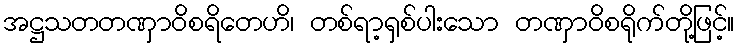
အဋ္ဌသတတဏှာဝိစရိတေဟိ၊ တစ်ရာ့ရှစ်ပါးသော တဏှာဝိစရိုက်တို့ဖြင့်။